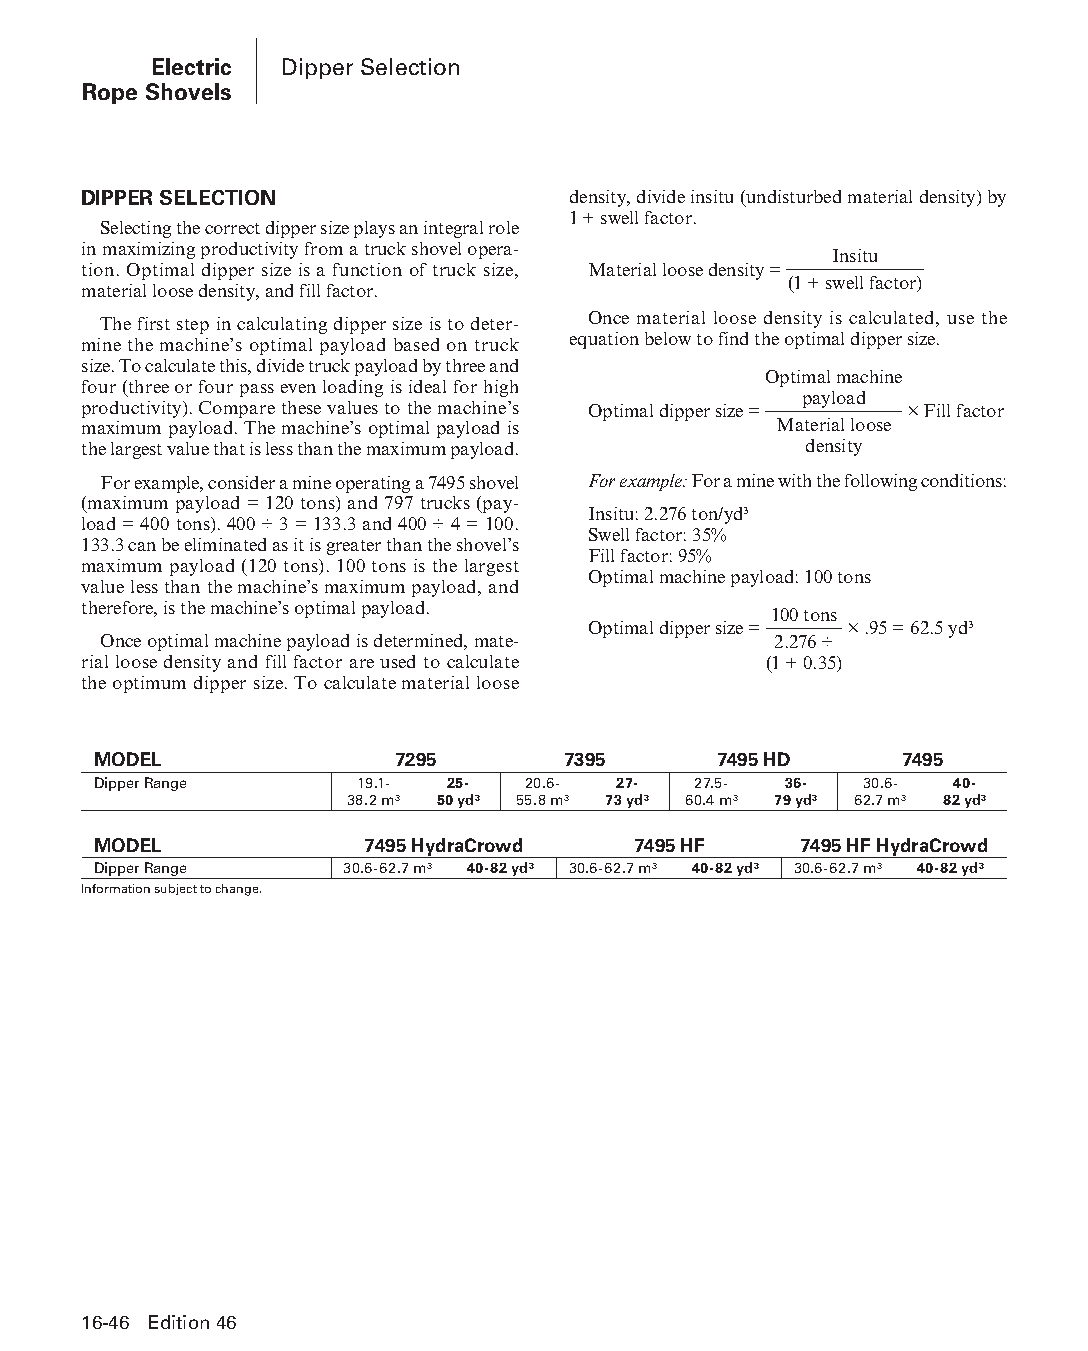
Electric Dipper Selection
 Rope Shovels
 DIPPER SELECTION                density, divide insitu (undisturbed material density) by
 1 + swell factor.
 Selecting the correct dipper size plays an integral role
 in maximizing productivity from a truck shovel opera-
 Insitu
 tion. Optimal dipper size is a function of truck size, Material loose density =
 material loose density, and fill factor.
 (1 + swell factor)
 The first step in calculating dipper size is to deter- Once material loose density is calculated, use the
 mine the machine’s optimal payload based on truck equation below to find the optimal dipper size.
 size. To calculate this, divide truck payload by three and
 Optimal machine
 four (three or four pass even loading is ideal for high
 payload
 productivity). Compare these values to the machine’s Optimal dipper size = × Fill factor
 maximum payload. The machine’s optimal payload is Material loose
 the largest value that is less than the maximum payload. density
 For example, consider a mine operating a 7495 shovel For example: For a mine with the following conditions:
 (maximum payload = 120 tons) and 797 trucks (pay-
 Insitu: 2.276 ton/yd³
 load = 400 tons). 400 ÷ 3 = 133.3 and 400 ÷ 4 = 100.
 Swell factor: 35%
 133.3 can be eliminated as it is greater than the shovel’s
 Fill factor: 95%
 maximum payload (120 tons). 100 tons is the largest
 Optimal machine payload: 100 tons
 value less than the machine’s maximum payload, and
 therefore, is the machine’s optimal payload.
 100 tons
 Optimal dipper size = × .95 = 62.5 yd³
 Once optimal machine payload is determined, mate- 2.276 ÷
 rial loose density and fill factor are used to calculate (1 + 0.35)
 the optimum dipper size. To calculate material loose
 MODEL               7295       7395      7495 HD     7495
 Dipper Range     19.1- 25-  20.6- 27-  27.5- 36-  30.6- 40-
 38.2 m³ 50 yd³ 55.8 m³ 73 yd³ 60.4 m³ 79 yd³ 62.7 m³ 82 yd³
 MODEL            7495 HydraCrowd   7495 HF    7495 HF HydraCrowd
 Dipper Range    30.6-62.7 m³ 40-82 yd³ 30.6-62.7 m³ 40-82 yd³ 30.6-62.7 m³ 40-82 yd³
 Information subject to change.
 16-46 Edition 46
 PPHHBB--SSeecc1166--EElleeccttrriiccRRooppeeSShhoovveellss((ppgg002255--004488))..iinndddd 4466 1122//44//1155 1100::5533 AAMM